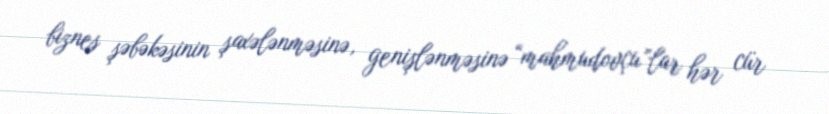
biznes şəbəkəsinin şaxələnməsinə, genişlənməsinə “mahmudovçu”lar hər cür